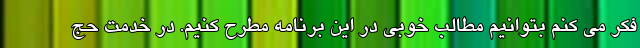
فکر می کنم بتوانیم مطالب خوبی در این برنامه مطرح کنیم. در خدمت حج